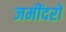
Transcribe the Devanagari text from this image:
जमींदरों